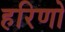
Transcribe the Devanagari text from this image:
हरिणो